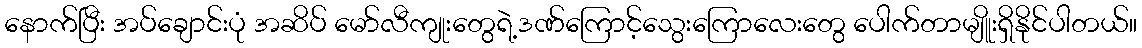
နောက်ပြီး အပ်ချောင်းပုံ အဆိပ် မော်လီကျုးတွေရဲ့ဒဏ်ကြောင့်သွေးကြောလေးတွေ ပေါက်တာမျိူးရှိနိုင်ပါတယ်။